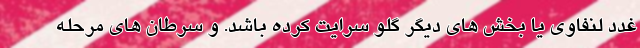
غدد لنفاوی یا بخش های دیگر گلو سرایت کرده باشد. و سرطان های مرحله